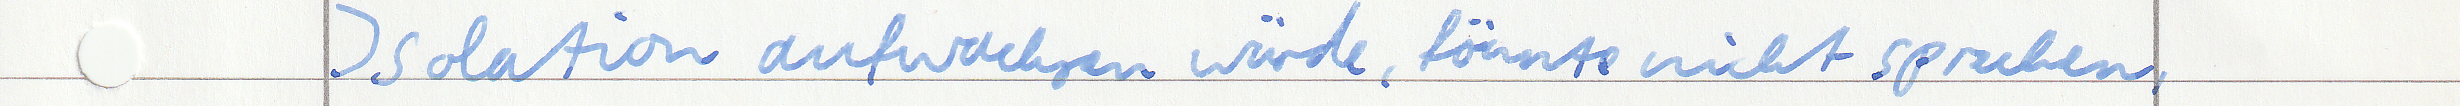
Isolation aufwachsen würde, könnte nicht sprechen,